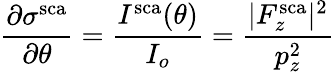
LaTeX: \frac{\partial\sigma^{\mathrm{sca}}}{\partial\theta}=\frac{I^{\mathrm{sca}}(\theta)}{I_{o}}=\frac{|F_{z}^{\mathrm{sca}}|^{2}}{p_{z}^{2}}